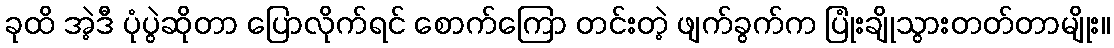
ခုထိ အဲ့ဒီ ပုံပွဲဆိုတာ ပြောလိုက်ရင် စောက်ကြော တင်းတဲ့ ဖျက်ခွက်က ပြုံးချိုသွားတတ်တာမျိုး။